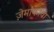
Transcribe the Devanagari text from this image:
ज़ेमांकोवा